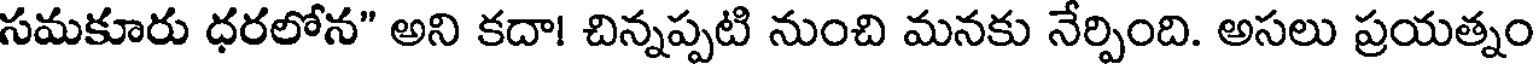
సమకూరు ధరలోన" అని కదా! చిన్నప్పటి నుంచి మనకు నేర్పింది. అసలు ప్రయత్నం